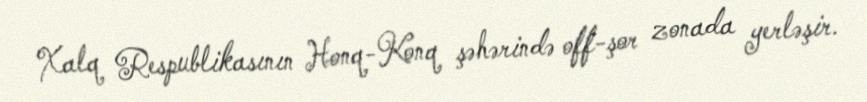
Xalq Respublikasının Honq-Konq şəhərində off-şor zonada yerləşir.